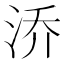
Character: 㳢